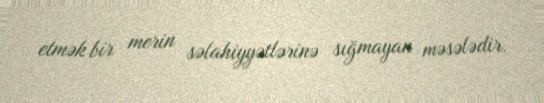
etmək bir merin səlahiyyətlərinə sığmayan məsələdir.